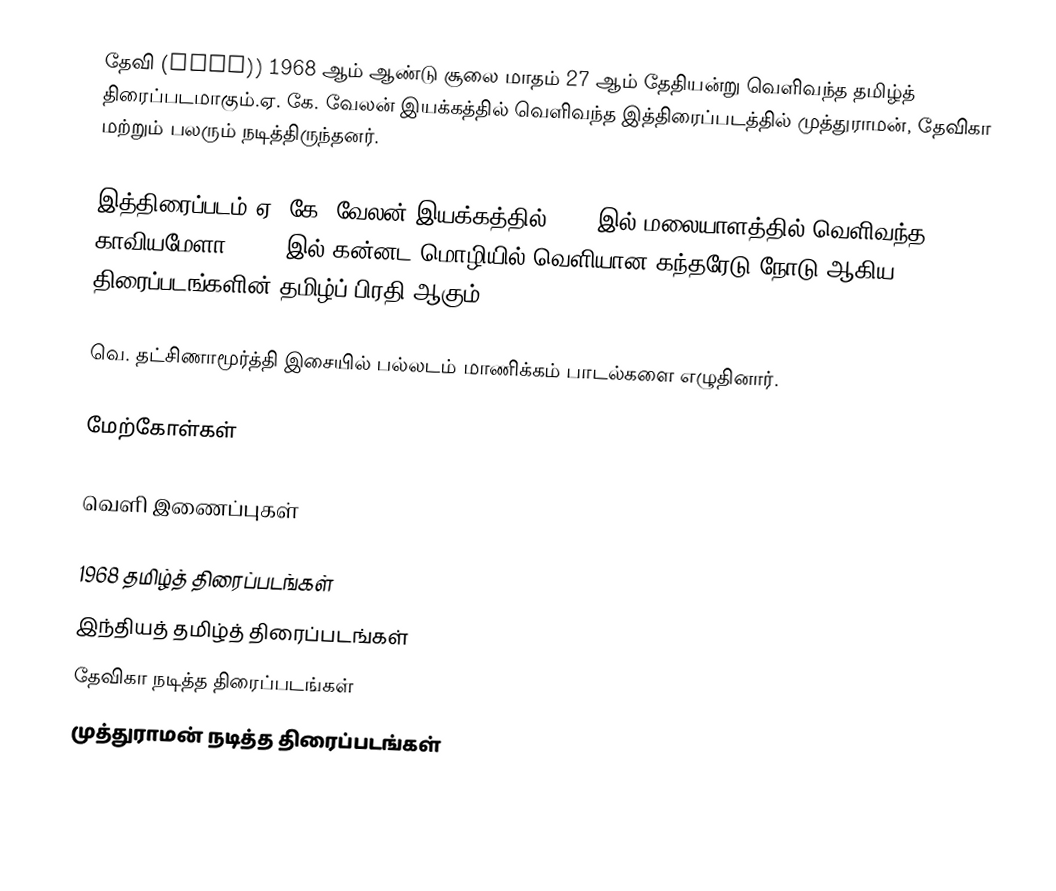
தேவி (Devi)) 1968 ஆம் ஆண்டு சூலை மாதம் 27 ஆம் தேதியன்று வெளிவந்த தமிழ்த் திரைப்படமாகும்.ஏ. கே. வேலன் இயக்கத்தில் வெளிவந்த இத்திரைப்படத்தில் முத்துராமன், தேவிகா மற்றும் பலரும் நடித்திருந்தனர்.

இத்திரைப்படம் ஏ. கே. வேலன் இயக்கத்தில் 1965 இல் மலையாளத்தில் வெளிவந்த காவியமேளா, 1961 இல் கன்னட மொழியில் வெளியான கந்தரேடு நோடு ஆகிய திரைப்படங்களின் தமிழ்ப் பிரதி ஆகும்.

வெ. தட்சிணாமூர்த்தி இசையில் பல்லடம் மாணிக்கம் பாடல்களை எழுதினார்.

மேற்கோள்கள்

வெளி இணைப்புகள்

1968 தமிழ்த் திரைப்படங்கள்
இந்தியத் தமிழ்த் திரைப்படங்கள்
தேவிகா நடித்த திரைப்படங்கள்
முத்துராமன் நடித்த திரைப்படங்கள்